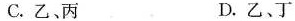
C.乙、丙 D.乙、丁